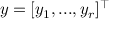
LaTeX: y = [ y _ { 1 } , . . . , y _ { r } ] ^ { \intercal }